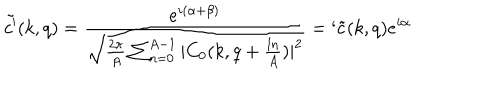
LaTeX: \tilde { c ^ { \prime } } ( k , q ) = \frac { e ^ { i ( \alpha + \beta ) } } { \sqrt { \frac { 2 \pi } { A } \sum _ { n = 0 } ^ { A - 1 } | C _ { 0 } ( k , q + \frac { l n } { A } ) | ^ { 2 } } } = ` \tilde { c } ( k , q ) e ^ { i \alpha }